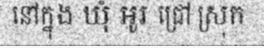
នៅក្នុង ឃុំ អូរ ជ្រៅ ស្រុក